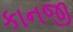
કાનજી